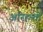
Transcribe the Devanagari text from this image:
अरिहन्तों